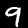
Label: 9